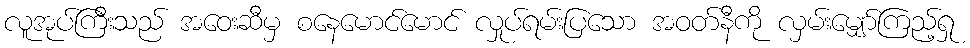
လူအုပ်ကြီးသည် အဝေးဆီမှ စနေမောင်မောင် လှုပ်ရမ်းပြသော အဝတ်နီကို လှမ်းမျှော်ကြည့်ရှု